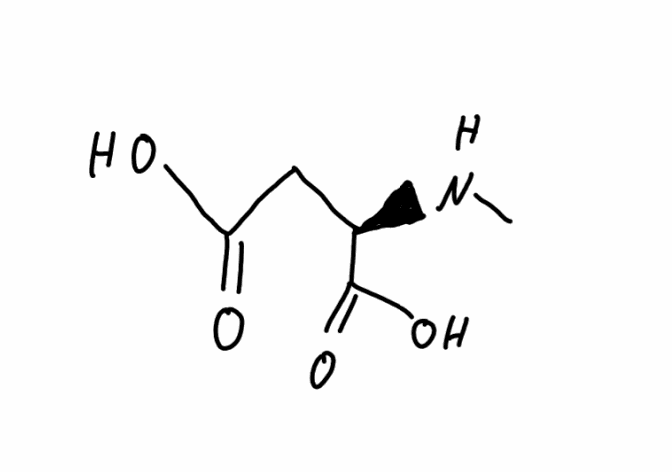
Simplified molecular-input line-entry system (SMILES) notation of the given molecule:
CN[C@H](CC(=O)O)C(=O)O